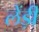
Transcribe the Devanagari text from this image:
लेंड़ी